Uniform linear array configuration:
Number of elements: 12
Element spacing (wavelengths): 0.5
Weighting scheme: blackman
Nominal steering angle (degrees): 15
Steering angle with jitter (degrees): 13.82
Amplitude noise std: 0.05
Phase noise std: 0.05

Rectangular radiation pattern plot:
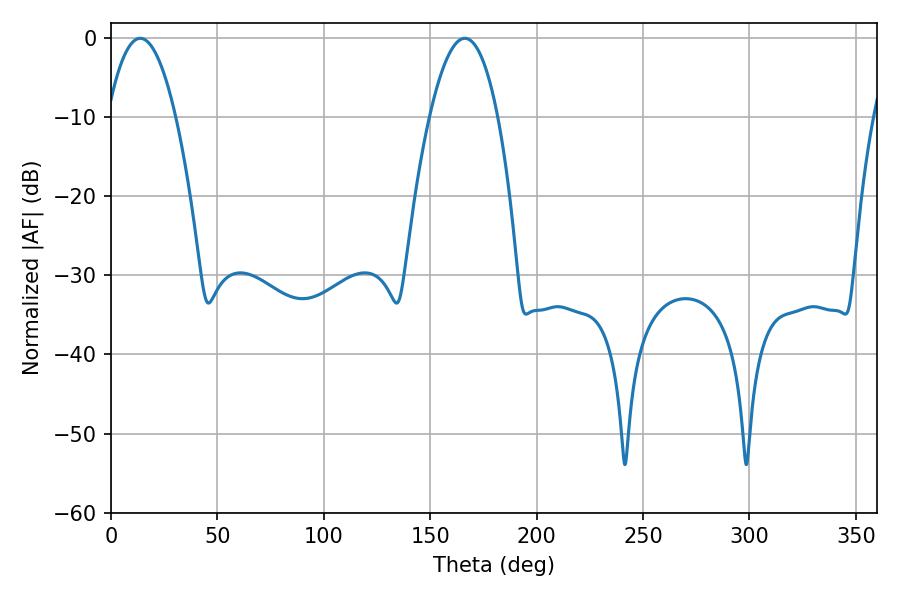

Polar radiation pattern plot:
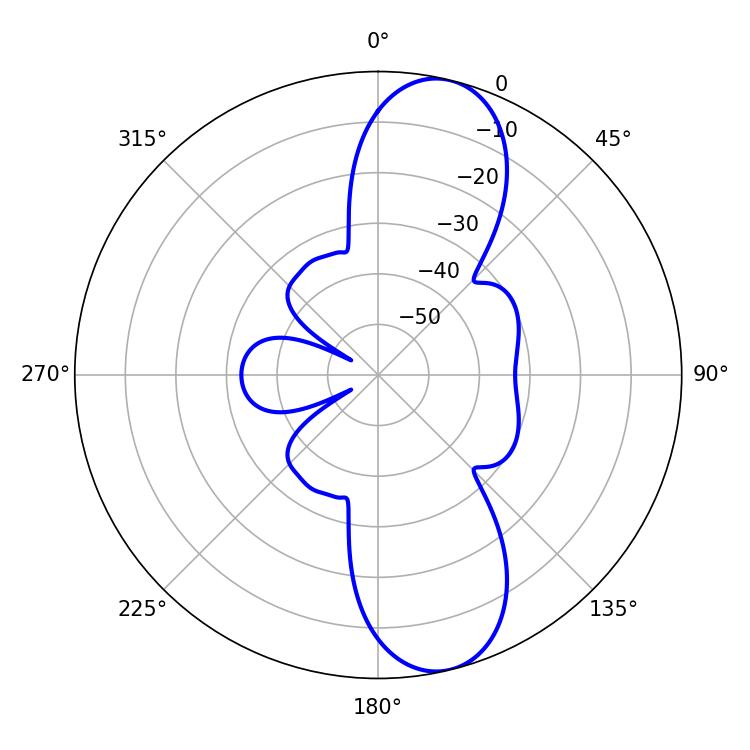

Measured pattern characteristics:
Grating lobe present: FALSE
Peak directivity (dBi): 10.959
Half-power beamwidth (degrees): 17.82
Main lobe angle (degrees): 13.68